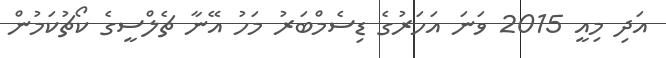
އަދި މިއީ 2015 ވަނަ އަހަރުގެ ޑިސެމްބަރު މަހު އޭނާ ޗެލްސީގެ ކޯޗުކަމުން